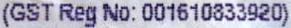
(GST REG NO: 001610833920)